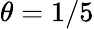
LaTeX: \theta=1/5